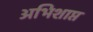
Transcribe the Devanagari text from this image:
अभिशाप्त